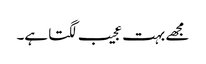
مجھے بہت عجیب لگتا ہے۔